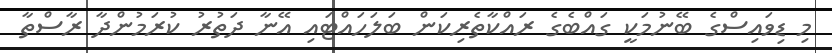
މި ޑިވައިސްގެ ބޭނުމަކީ ގައްބެގެ ރައްކާތެރިކަން ބަލަހައްޓައި އޭނާ ދަތުރު ކުރަމުންދާ ރާސްތާ